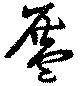
盔